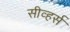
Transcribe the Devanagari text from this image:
सीव्हर्स